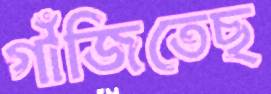
গাঁজিতেছ